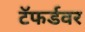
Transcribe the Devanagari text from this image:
टॅफर्डवर